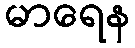
မာရေန